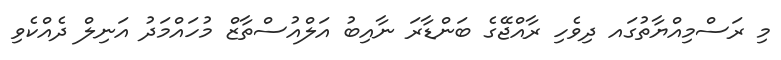
މި ރަސްމިއްޔާތުގައ ދިވެހި ރާއްޖޭގެ ބަންޑާރަ ނާއިބު އަލްއުސްތާޒް މުހައްމަދު އަނިލް ދެއްކެވި